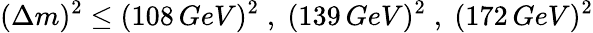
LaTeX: (\Delta m)^{2}\leq(108\, GeV)^{2}\; ,\; (139\, GeV)^{2}\; ,\; (172\, GeV)^{2}